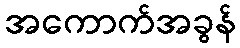
အကောက်အခွန်